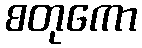
စတုကော